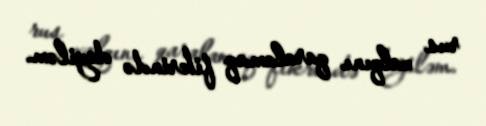
rus xalqını qaralamaq fikrində deyiləm.